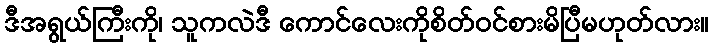
ဒီအရွယ်ကြီးကို၊ သူကလဲဒီ ကောင်လေးကိုစိတ်ဝင်စားမိပြီမဟုတ်လား။